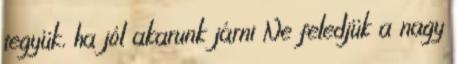
tegyük, ha jól akarunk járni Ne feledjük a nagy